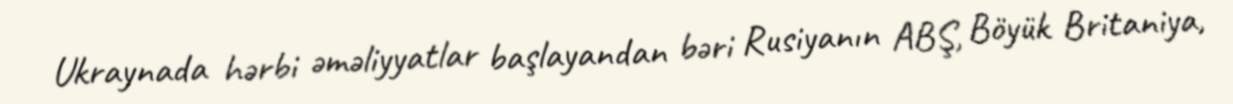
Ukraynada hərbi əməliyyatlar başlayandan bəri Rusiyanın ABŞ, Böyük Britaniya,